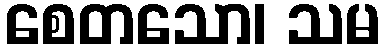
စေတသော၊ သမ